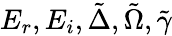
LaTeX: E_{r},E_{i},\tilde{\Delta},\tilde{\Omega},\tilde{\gamma}